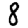
Digit: 8